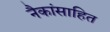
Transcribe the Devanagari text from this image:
नैकांसाहित